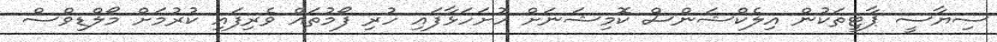
ސިޔާސީ ޕާޓީތަކުން އިލެކްޝަންސް ކޮމިޝަނަށް ހުށަހަޅާފައި ހުރި ފޯމުތައް ވެރިފައި ކުރުމަށް މޯލްޑިވްސް